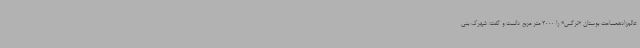
عالم‌زادهمساحت بوستان «نرگس» را 3000 متر مربع دانست و گفت: شهرک بنی‌